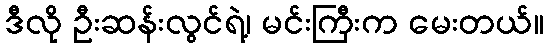
ဒီလို ဦးဆန်းလွင်ရဲ့၊ မင်းကြီးက မေးတယ်။